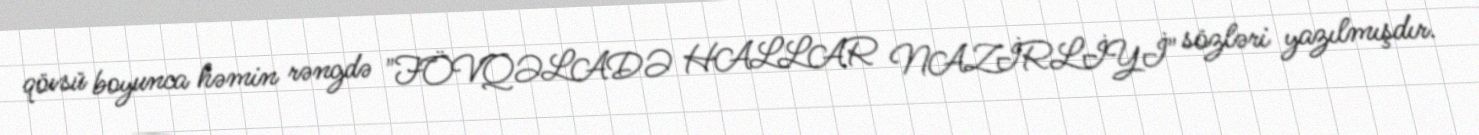
qövsü boyunca həmin rəngdə "FÖVQƏLADƏ HALLAR NAZİRLİYİ" sözləri yazılmışdır.